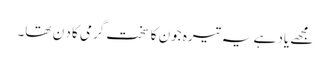
مجھے یاد ہے یہ تیرہ جون کا سخت گرمی کا د ن تھا۔